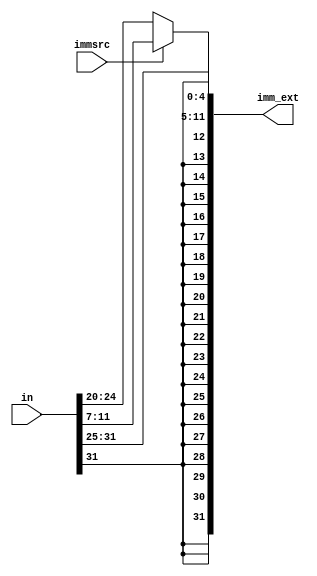
module sign_extend(in,imm_ext,immsrc);

input [31:0] in;
input immsrc;
output [31:0] imm_ext;


assign imm_ext=(immsrc==1'b1)?({{20{in[31]}},in[31:25],in[11:7]}):
                              ({{20{in[31]}},in[31:20]});

endmodule